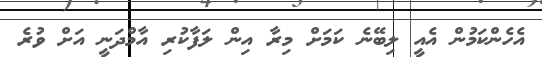
އެހެންކަމުން އެއީ ލިބޭނެ ކަމަށް މިރާ އިން ލަފާކުރި އާމްދަނީ އަށް ވުރެ